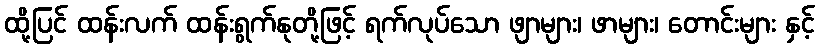
ထို့ပြင် ထန်းလက် ထန်းရွက်နုတို့ဖြင့် ရက်လုပ်သော ဖျာများ၊ ဖာများ၊ တောင်းများ နှင့်